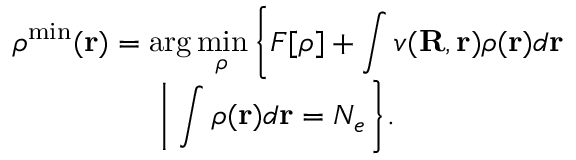
\begin{array} { l } { { \displaystyle { \boldsymbol \rho } ^ { \mathrm { m i n } } ( { \bf r } ) = \arg \operatorname* { m i n } _ { { \boldsymbol \rho } } \left\{ F [ { \boldsymbol \rho } ] + \int v ( { \bf R , r } ) \rho ( { \bf r } ) d { \bf r } \right. } \ ~ } \\ { { \displaystyle ~ ~ ~ ~ ~ ~ ~ ~ ~ ~ ~ ~ ~ ~ \left. \left\vert ~ \int \rho ( { \bf r } ) d { \bf r } = N _ { e } \right. \right\} } . } \end{array}